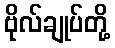
ဗိုလ်ချုပ်တို့